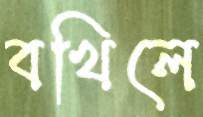
বখিলে